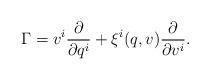
LaTeX: \begin{align*}\Gamma = \displaystyle v^i \frac{\partial}{\partial q^i} + \xi^{i}(q, v) \frac{\partial}{\partial v^i}.\end{align*}